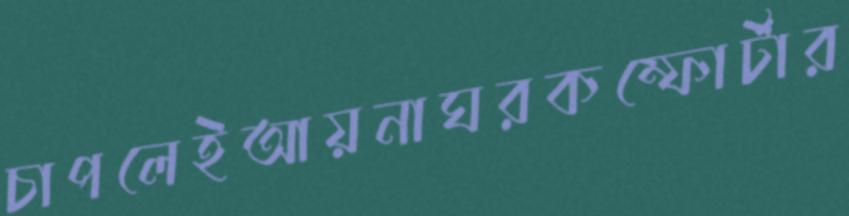
চাপলেইআয়নাঘরকম্ফোর্টার